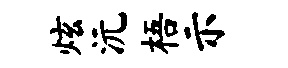
炫沅梧示